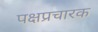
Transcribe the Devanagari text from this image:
पक्षप्रचारक